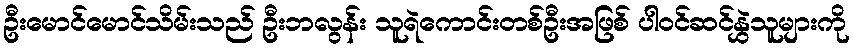
ဦးမောင်မောင်သိမ်းသည် ဦးဘလွန်း သူရဲကောင်းတစ်ဦးအဖြစ် ပါဝင်ဆင်နွှဲသူများကို